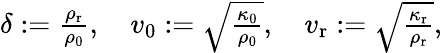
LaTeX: \begin{array}{r}{\delta:=\frac{\rho_{\mathrm{r}}}{\rho_{0}},\quad v_{0}:=\sqrt{\frac{\kappa_{0}}{\rho_{0}}},\quad v_{\mathrm{r}}:=\sqrt{\frac{\kappa_{\mathrm{r}}}{\rho_{\mathrm{r}}}},}\end{array}